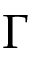
\Gamma